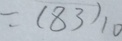
= ( 8 3 ) _ { 1 0 }